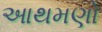
આથમણો